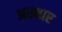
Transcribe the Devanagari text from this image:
अस्थार